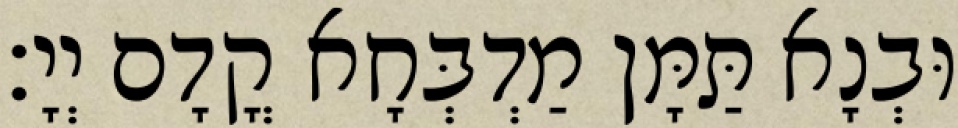
וּבְנָא תַּמָּן מַדְבְּחָא קֳדָם יְיָ׃